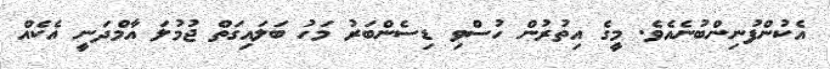
އެކުންފުނިންބުނެއެވެ. މީގެ އިތުރުން ހުސްވި ޑިސެންބަރު މަހު ބަލައިގަތް ޖުމުލަ އާމްދަނީ އެކެއް